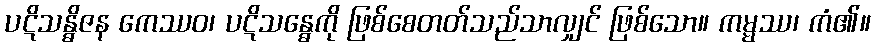
ပဋိသန္ဓိဇန ကေဿဝ၊ ပဋိသန္ဓေကို ဖြစ်စေတတ်သည်သာလျှင် ဖြစ်သော။ ကမ္မဿ၊ ကံ၏။